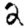
Digit: 2